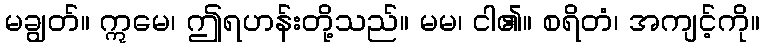
မချွတ်။ ဣမေ၊ ဤရဟန်းတို့သည်။ မမ၊ ငါ၏။ စရိတံ၊ အကျင့်ကို။